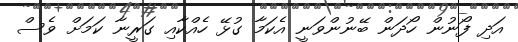
އަދި ފޯނުން ހޯދަން ބޭނުންވަނީ އެކަމާ ގުޅޭ ހެއްކާއި ގަރީނާ ކަމަށް ވެސް